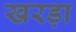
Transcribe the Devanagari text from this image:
खरड़ा